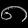
Digit: ၈